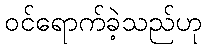
ဝင်ရောက်ခဲ့သည်ဟု